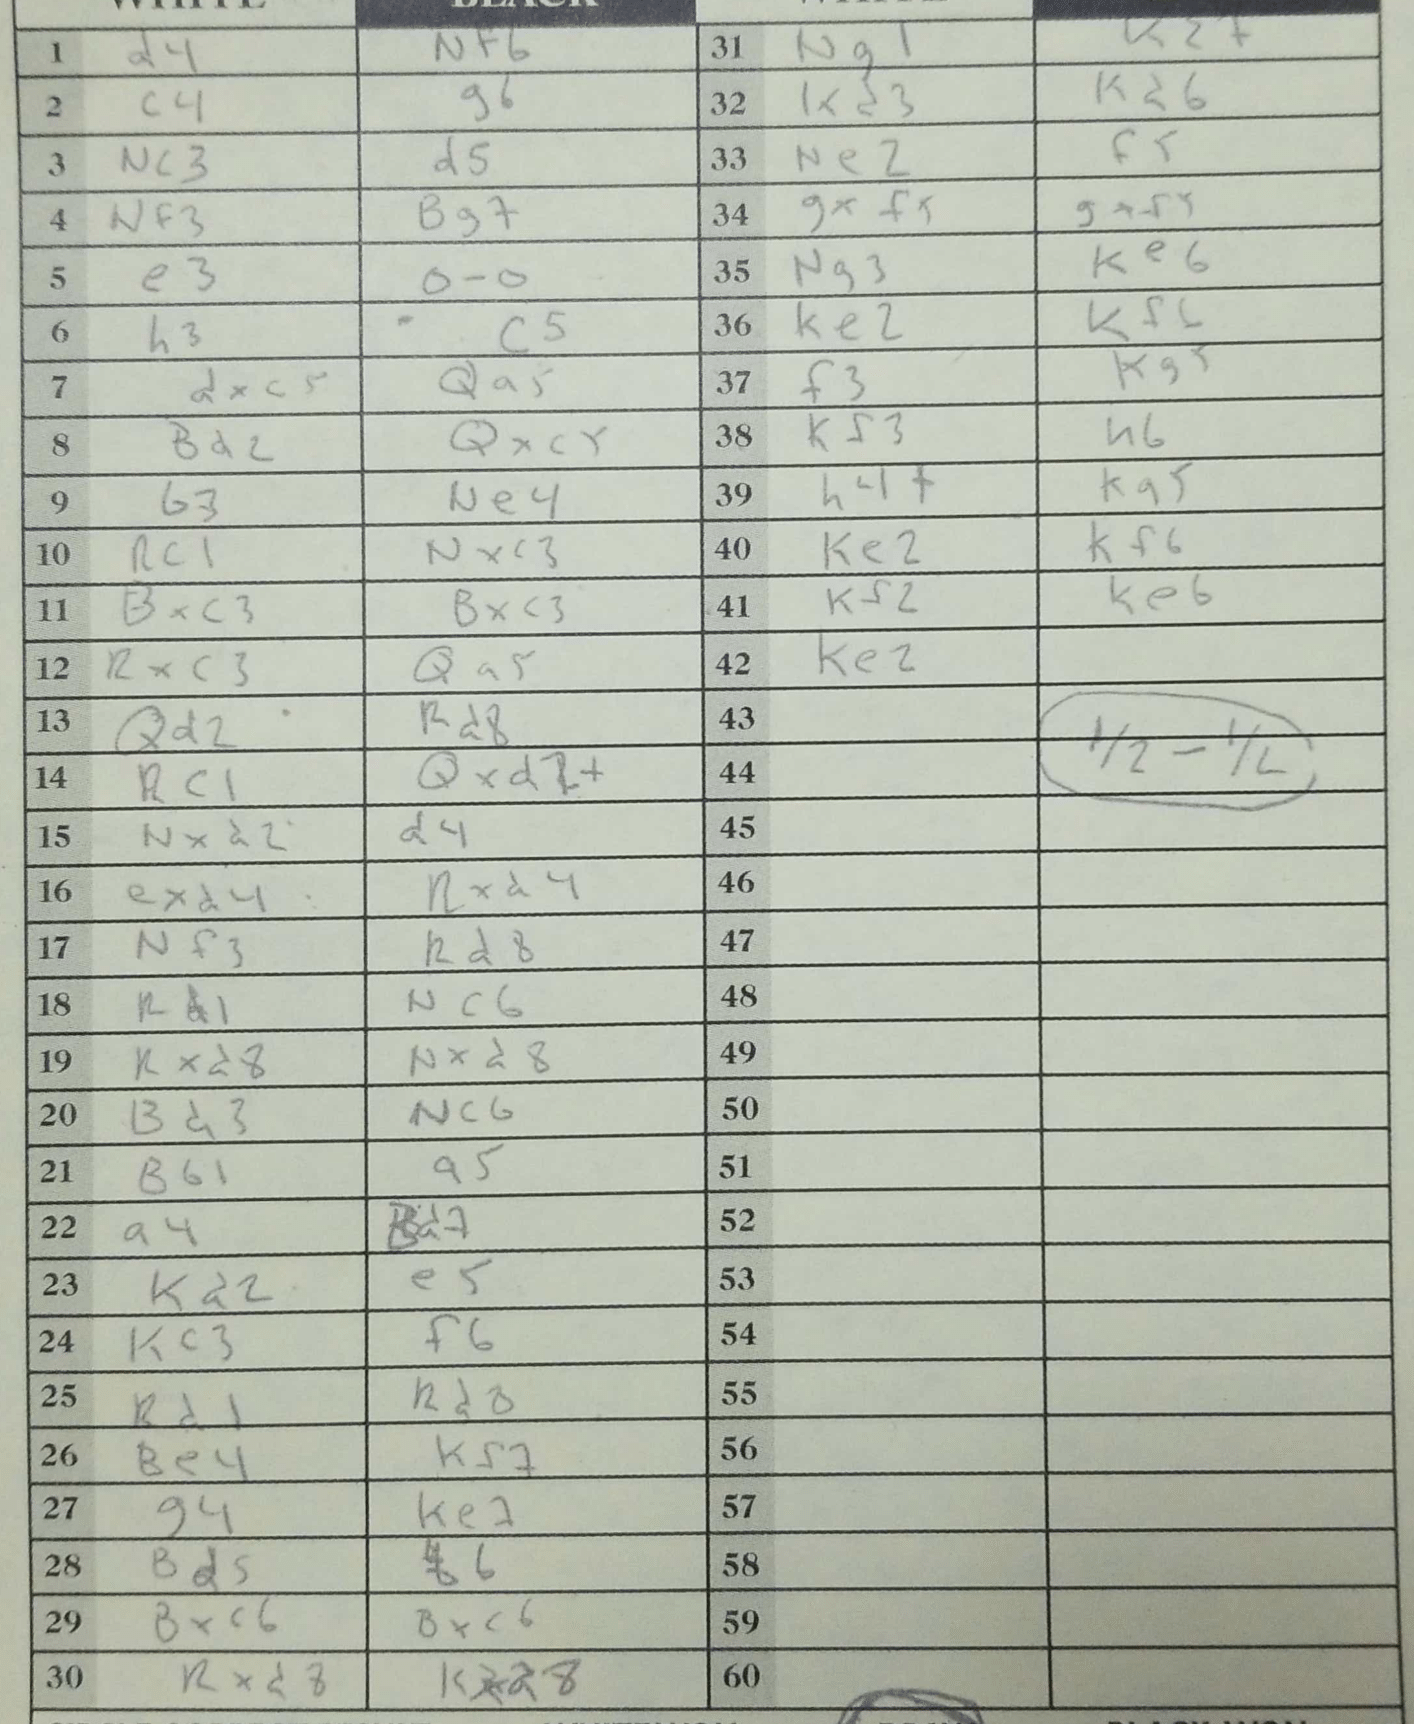
Moves: d4 Nf6 c4 g6 Nc3 d5 Nf3 Bg7 e3 O-O h3 c5 dxc5 Qa5 Bd2 Qxc5 b3 Ne4 Rc1 Nxc3 Bxc3 Bxc3 Rxc3 Qa5 Qd2 Rd8 Rc1 Qxd2+ Nxd2 d4 exd4 Rxd4 Nf3 Rd8 Rc6 Rxd8 Nxd8 Bd3 Nc6 Bb1 a5 a4 Bd7 Kd2 e5 Kc3 f6 Rd1 Rd8 Be4 Kf7 g4 Ke7 Bd5 b6 Bxc6 Bxc6 Rxd8 Kxd8 Ng1 K2+ Kd3 Kd6 Ne2 f5 gxf5 gxf5 Ng3 Ke6 Ke2 Kf6 f3 Kg5 Kf3 h6 h4+ Ka5 Ke2 Kf6 Kf2 Ke6 Ke2